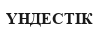
ҮНДЕСТІК